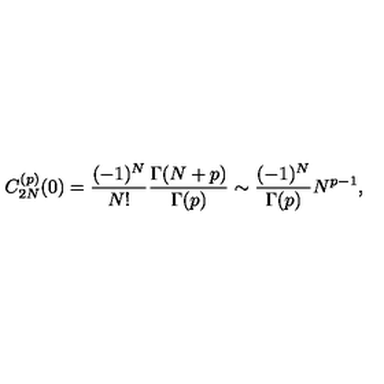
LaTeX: C _ { 2 N } ^ { ( p ) } ( 0 ) = { \frac { ( - 1 ) ^ { N } } { N ! } } { \frac { \Gamma ( N + p ) } { \Gamma ( p ) } } \sim { \frac { ( - 1 ) ^ { N } } { \Gamma ( p ) } } N ^ { p - 1 } ,